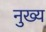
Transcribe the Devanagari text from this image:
नुख्य